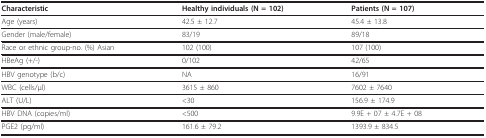
<table><thead><tr><td><b>Characteristic</b></td><td><b>Healthy individuals (N = 102)</b></td><td><b>Patients (N = 107)</b></td></tr></thead><tbody><tr><td>Age (years)</td><td>42.5 ± 12.7</td><td>45.4 ± 13.8</td></tr><tr><td>Gender (male/female)</td><td>83/19</td><td>89/18</td></tr><tr><td>Race or ethnic group-no. (%) Asian</td><td>102 (100)</td><td>107 (100)</td></tr><tr><td>HBeAg (+/-)</td><td>0/102</td><td>42/65</td></tr><tr><td>HBV genotype (b/c)</td><td>NA</td><td>16/91</td></tr><tr><td>WBC (cells/μl)</td><td>3615 ± 860</td><td>7602 ± 7640</td></tr><tr><td>ALT (U/L)</td><td>&lt; 30</td><td>156.9 ± 174.9</td></tr><tr><td>HBV DNA (copies/ml)</td><td>&lt; 500</td><td>9.9E + 07 ± 4.7E + 08</td></tr><tr><td>PGE2 (pg/ml)</td><td>161.6 ± 79.2</td><td>1393.9 ± 834.5</td></tr></tbody></table>